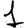
Digit: 1